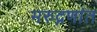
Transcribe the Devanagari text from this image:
मरुद्नणांत